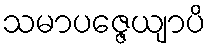
သမာပဇ္ဇေယျာပိ